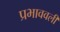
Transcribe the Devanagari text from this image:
प्रभाववली